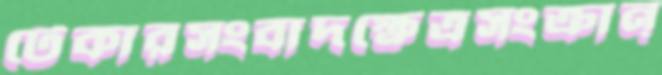
টেকারসংবাদক্ষেত্রসংক্রান্